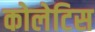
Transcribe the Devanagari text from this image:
कोलेटिस